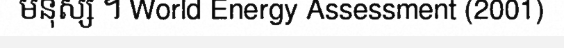
មនុស្ស ។ World Energy Assessment (2001)